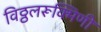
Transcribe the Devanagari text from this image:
विठ्ठलरूक्मिणी